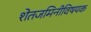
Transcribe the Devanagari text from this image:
शेतजमिनीविषयक